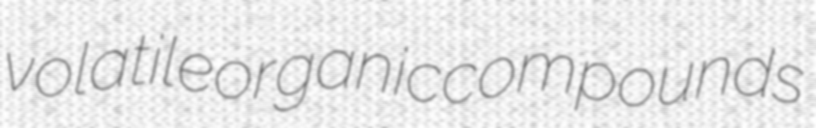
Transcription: volatile organic compounds